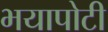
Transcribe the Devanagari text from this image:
भयापोटी